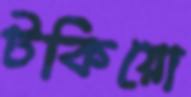
টকিয়ো